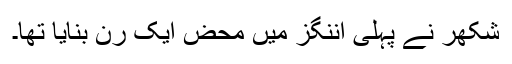
شکھر نے پہلی اننگز میں محض ایک رن بنایا تھا۔